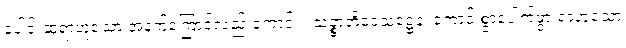
ပေါင်းဆုံရာဟူသော အနက်ကြောင့်လည်းကောင်း။ သဉ္စာတိဒေသဋ္ဌေန၊ ကောင်းစွာပေါက်ဖွားရာဟူသော